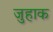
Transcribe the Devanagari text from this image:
जुहाक